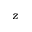
{ z }